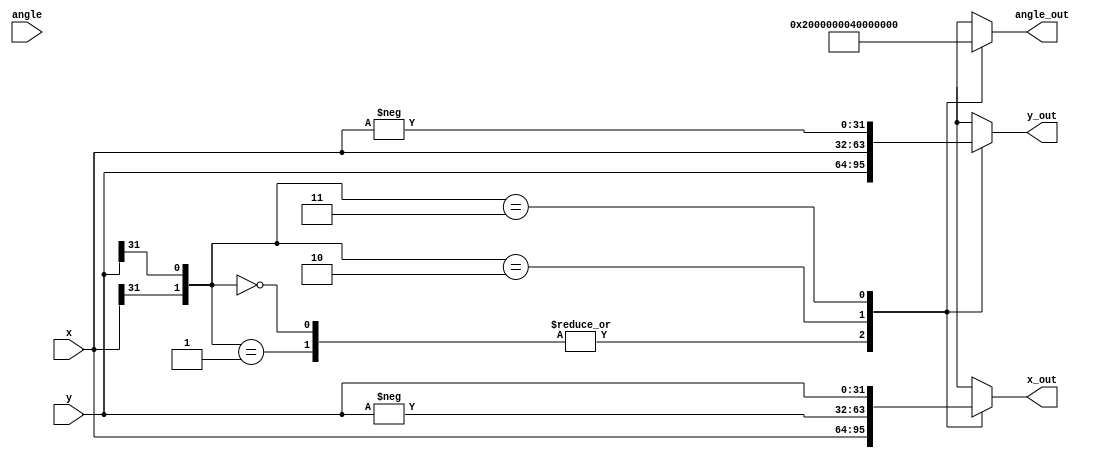
module Quadrant_Corrector(
    input [31:0] x,
    input [31:0] y,
    input[31:0] angle,
    output reg [31:0] x_out,
    output reg [31:0] y_out,
    output reg [31:0] angle_out
);

always @(*)
begin
    case({x[31] , y[31]})
        2'b00,2'b01:
            begin		// -90 to 90
            x_out <= x;
            y_out <= y;
            angle_out <= 32'b00000000000000000000000000000000;
            end
        2'b10:				// subtract 90	(second quadrant)
            begin
            x_out <= -y;
            y_out <= x;
            angle_out <= 32'b00100000000000000000000000000000;
            end
        2'b11:				// add 90 (third quadrant)
            begin
            x_out <= y;			
            y_out <= -x;
            angle_out <= 32'b01000000000000000000000000000000;
            end
    endcase
end



endmodule